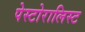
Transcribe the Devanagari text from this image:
पेस्टोरालिस्ट